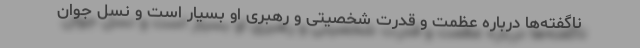
ناگفته‌ها درباره عظمت و قدرت شخصیتی و رهبری او بسیار است و نسل جوان